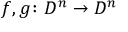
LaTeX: f , g \colon D ^ { n } \to D ^ { n }